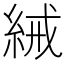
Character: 𬗕